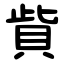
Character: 貲